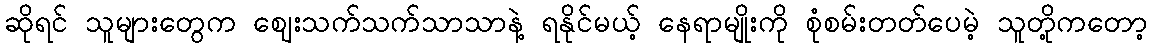
ဆိုရင် သူများတွေက ဈေးသက်သက်သာသာနဲ့ ရနိုင်မယ့် နေရာမျိုးကို စုံစမ်းတတ်ပေမဲ့ သူတို့ကတော့